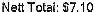
NETT TOTAL: $7.10